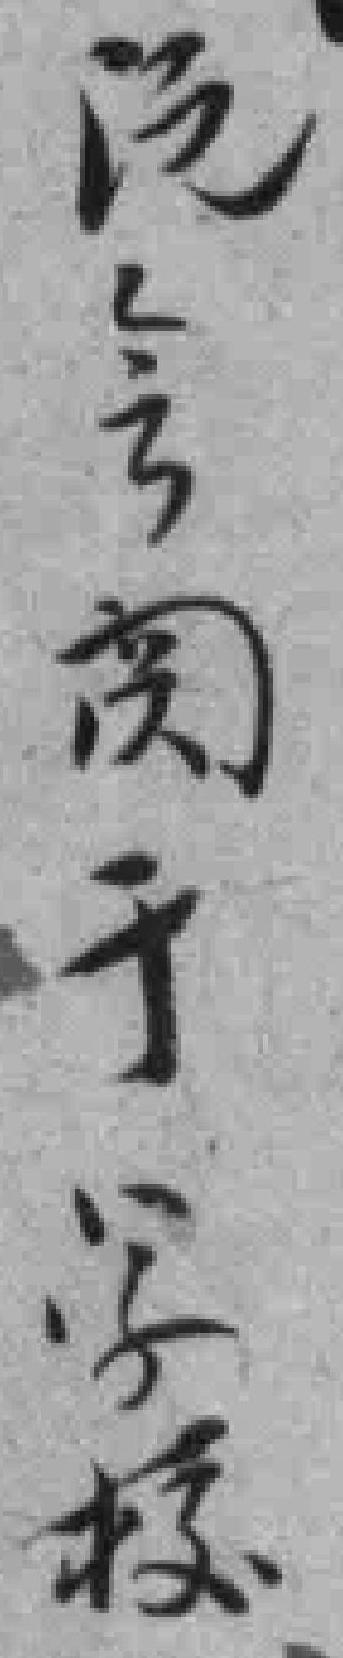
既会阂于学校